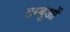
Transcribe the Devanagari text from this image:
तम्बूओं